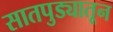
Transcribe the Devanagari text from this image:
सातपुड्यातून